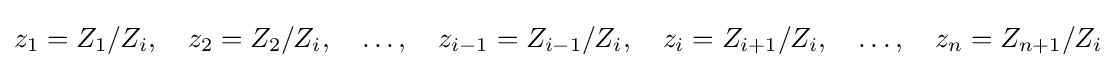
z_{1}=Z_{1}/Z_{i},\quad z_{2}=Z_{2}/Z_{i},\quad \dots ,\quad z_{i-1}=Z_{i-1}/Z_{i},\quad z_{i}=Z_{i+1}/Z_{i},\quad \dots ,\quad z_{n}=Z_{n+1}/Z_{i}